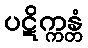
ပဋိက္ကန္တံ